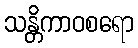
သန္တိကာဝစရော